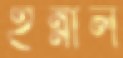
ইন্নাল